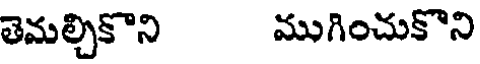
తెమల్చికొని ముగించుకొని